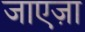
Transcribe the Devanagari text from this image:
जाएज़ा